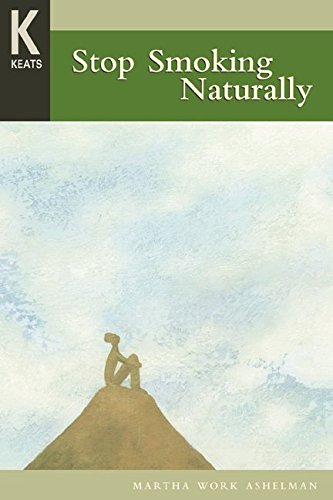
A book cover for Healing Wisdom Series: Stop Smoking Naturally; Martha Work Ashelman; Health, Fitness & Dieting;